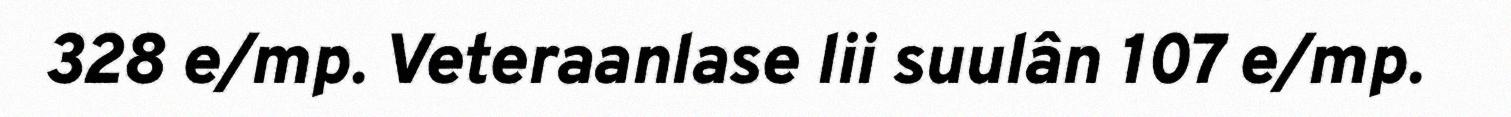
328 e/mp. Veteraanlase lii suulân 107 e/mp.